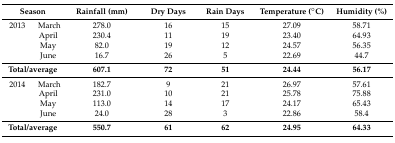
<table><thead><tr><td colspan="2"><b>Season</b></td><td><b>Rainfall (mm)</b></td><td><b>Dry Days</b></td><td><b>Rain Days</b></td><td><b>Temperature (°C)</b></td><td><b>Humidity (%)</b></td></tr></thead><tbody><tr><td>2013</td><td>March</td><td>278.0</td><td>16</td><td>15</td><td>27.09</td><td>58.71</td></tr><tr><td></td><td>April</td><td>230.4</td><td>11</td><td>19</td><td>23.40</td><td>64.93</td></tr><tr><td></td><td>May</td><td>82.0</td><td>19</td><td>12</td><td>24.57</td><td>56.35</td></tr><tr><td></td><td>June</td><td>16.7</td><td>26</td><td>5</td><td>22.69</td><td>44.7</td></tr><tr><td colspan="2"><b>Total/average</b></td><td><b>607.1</b></td><td><b>72</b></td><td><b>51</b></td><td><b>24.44</b></td><td><b>56.17</b></td></tr><tr><td>2014</td><td>March</td><td>182.7</td><td>9</td><td>21</td><td>26.97</td><td>57.61</td></tr><tr><td></td><td>April</td><td>231.0</td><td>10</td><td>21</td><td>25.78</td><td>75.88</td></tr><tr><td></td><td>May</td><td>113.0</td><td>14</td><td>17</td><td>24.17</td><td>65.43</td></tr><tr><td></td><td>June</td><td>24.0</td><td>28</td><td>3</td><td>22.86</td><td>58.4</td></tr><tr><td colspan="2"><b>Total/average</b></td><td><b>550.7</b></td><td><b>61</b></td><td><b>62</b></td><td><b>24.95</b></td><td><b>64.33</b></td></tr></tbody></table>